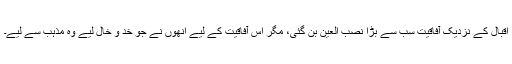
اقبال کے نزدیک آفاقیت سب سے بڑا نصب العین بن گئی، مگر اس آفاقیت کے لیے انھوں نے جو خد و خال لیے وہ مذہب سے لیے۔